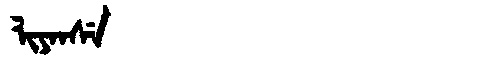
Manchu: ᠯᡳᠶᠠᠨᠰᡝ
Romanization: LIYANSE